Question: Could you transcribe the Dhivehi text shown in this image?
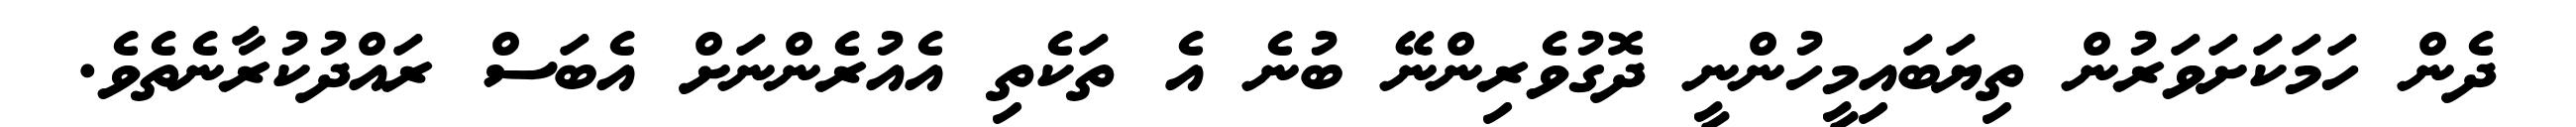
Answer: ދެން ހަމަކަށަވަރުން ތިޔަބައިމީހުންނީ ދޮގުވެރިންނޭ ބުނެ އެ ތަކެތި އެއުރެންނަށް އެބަސް ރައްދުކުރާނެތެވެ.